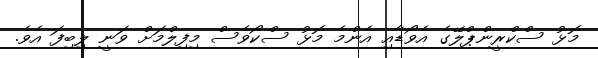
މޮޅު ސްކްރީންޕްލޭގެ އެވޯޑާއި އެންމެ މޮޅު ސްކޯވެސް މިފިލްމަށް ވަނީ ލިބިފަ އެވެ.